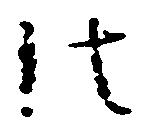
法